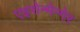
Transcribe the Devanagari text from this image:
एइसेन्मेन्गेर